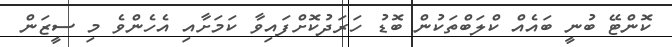
ކޮންޓޭ ބުނީ ބައެއް ކްލަބްތަކުން ބޮޑު ހަރަދުކޮށްފައިވާ ކަމަށާއި އެހެންވެ މި ސީޒަން